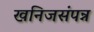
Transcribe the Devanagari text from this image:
खनिजसंपन्न